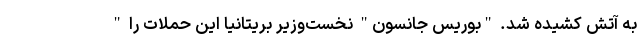
به آتش کشیده شد. "بوریس جانسون" نخست‌وزیر بریتانیا این حملات را "